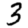
Digit: 3